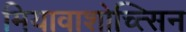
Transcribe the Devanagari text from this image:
मियावाशोच्त्सिन